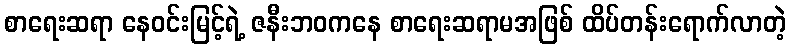
စာရေးဆရာ နေဝင်းမြင့်ရဲ့ ဇနီးဘဝကနေ စာရေးဆရာမအဖြစ် ထိပ်တန်းရောက်လာတဲ့